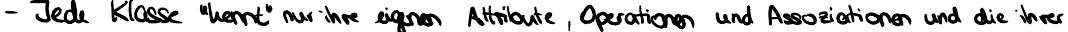
- Jede Klasse "kennt" nur ihre eigenen Attribute, Operationen und Assoziationen und die ihrer